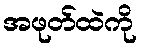
အဖုတ်ထဲကို